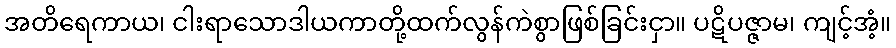
အတိရေကာယ၊ ငါးရာသောဒါယကာတို့ထက်လွန်ကဲစွာဖြစ်ခြင်းငှာ။ ပဋိပဇ္ဇာမ၊ ကျင့်အံ့။